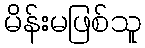
မိန်းမဖြစ်သူ